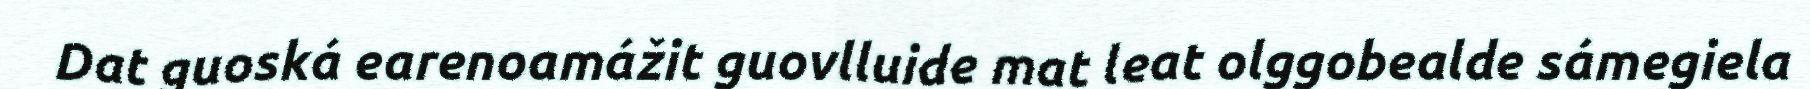
Dat guoská earenoamážit guovlluide mat leat olggobealde sámegiela